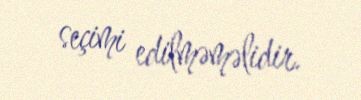
seçimi edilməməlidir.